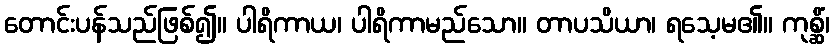
တောင်းပန်သည်ဖြစ်၍။ ပါရိကာယ၊ ပါရိကာမည်သော။ တာပသိယာ၊ ရသေ့မ၏။ ကုစ္ဆိံ၊